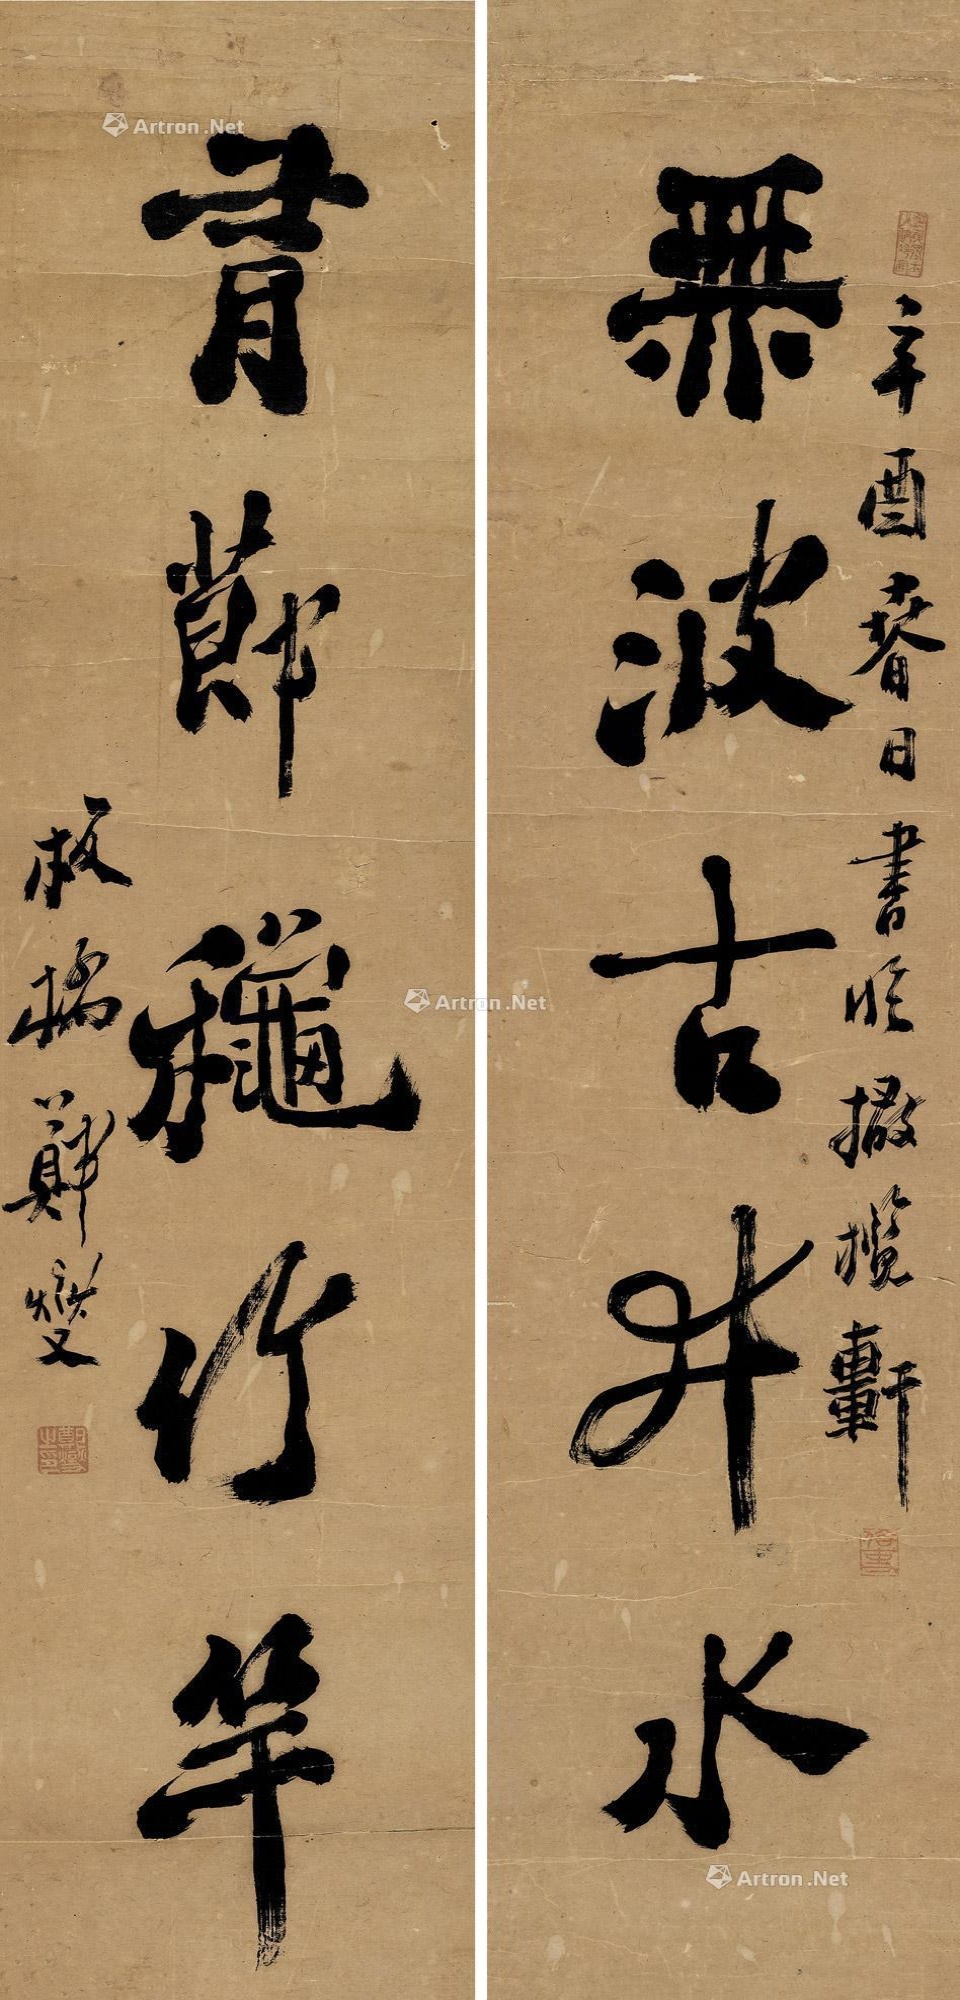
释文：无波古井水，有节秋竹竿。辛酉春日书临橄揽轩，板桥郑燮。